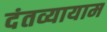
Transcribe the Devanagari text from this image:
दंतव्यायाम